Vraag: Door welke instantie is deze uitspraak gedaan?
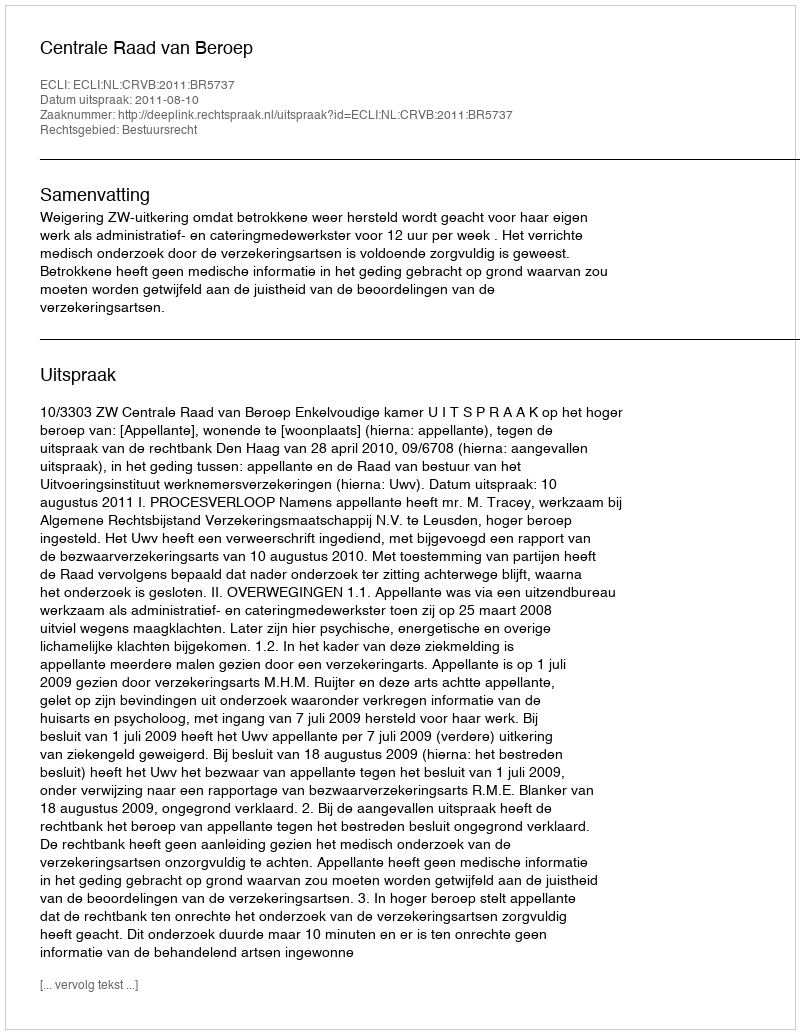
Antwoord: Centrale Raad van Beroep